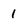
Character: 1